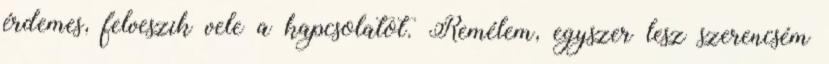
érdemes, felveszik vele a kapcsolatot. Remélem, egyszer lesz szerencsém